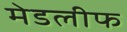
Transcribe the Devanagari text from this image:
मेडलीफ